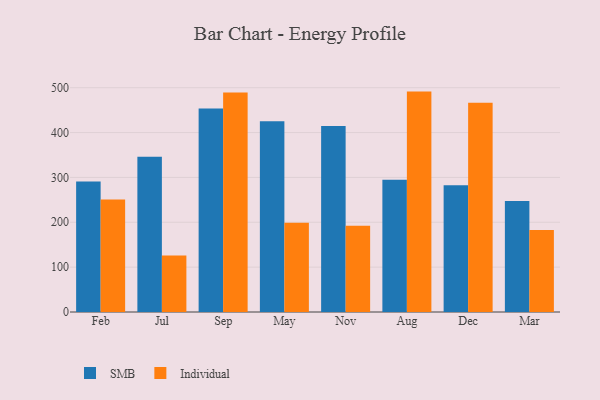
{"axis": {"x": "Month", "y": "Net Income (USD K)"}, "legend": ["Individual", "SMB"], "data": [{"x": "Feb", "y": 291.1, "type": "SMB"}, {"x": "Feb", "y": 250.5, "type": "Individual"}, {"x": "Jul", "y": 345.9, "type": "SMB"}, {"x": "Jul", "y": 125.8, "type": "Individual"}, {"x": "Sep", "y": 453.5, "type": "SMB"}, {"x": "Sep", "y": 489.1, "type": "Individual"}, {"x": "May", "y": 425.0, "type": "SMB"}, {"x": "May", "y": 198.8, "type": "Individual"}, {"x": "Nov", "y": 414.5, "type": "SMB"}, {"x": "Nov", "y": 192.0, "type": "Individual"}, {"x": "Aug", "y": 295.0, "type": "SMB"}, {"x": "Aug", "y": 491.3, "type": "Individual"}, {"x": "Dec", "y": 282.6, "type": "SMB"}, {"x": "Dec", "y": 466.7, "type": "Individual"}, {"x": "Mar", "y": 247.4, "type": "SMB"}, {"x": "Mar", "y": 182.7, "type": "Individual"}]}